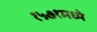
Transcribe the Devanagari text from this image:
१५७१मध्ये